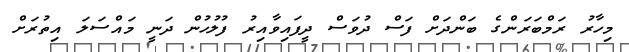
މިހާރު ރަމްބަރަންގެ ބަންދަށް ފަސް ދުވަސް ދީފައިވާއިރު ފުލުހުން ދަނީ މައްސަލަ އިތުރަށް